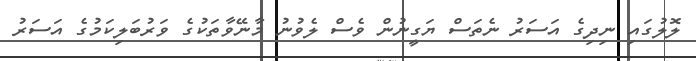
ލޮލުގައި ނިދިގެ އަސަރު ނެތަސް ޔަގީނުން ވެސް ލެވުނު މާނޭވާތަކުގެ ވަރުބަލިކަމުގެ އަސަރު